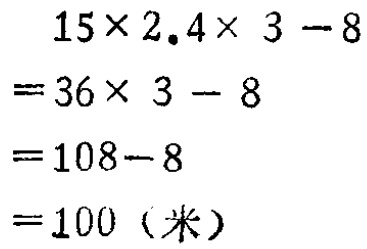
\[
\begin{align*}
&15\times2.4\times3 - 8\\
=&36\times3 - 8\\
=&108 - 8\\
=&100 (\text{米})
\end{align*}
\]